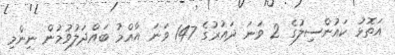
އަތޮޅު ކައުންސިލުގެ 2 ވަނަ ދައުރުގެ 147 ވަނަ އާއްމު ބައްދަލުވުމުން ނިންމި